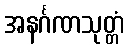
အနင်္ဂဏသုတ္တံ